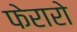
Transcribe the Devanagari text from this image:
फेरारो